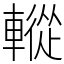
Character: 䡮